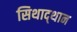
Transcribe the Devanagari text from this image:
सिथाद्थान